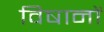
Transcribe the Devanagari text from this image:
विषानों